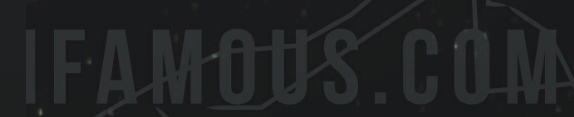
IFAMOUS.COM